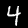
Label: 4